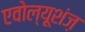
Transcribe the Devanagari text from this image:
एवोल्यूशंज़